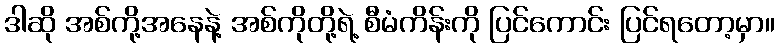
ဒါဆို အစ်ကို့အနေနဲ့ အစ်ကိုတို့ရဲ့ စီမံကိန်းကို ပြင်ကောင်း ပြင်ရတော့မှာ။